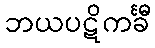
ဘယပဋိကင်္ခီ